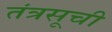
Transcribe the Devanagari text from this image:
तंत्रसूची